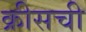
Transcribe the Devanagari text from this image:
क्रीसची